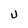
Character: U